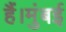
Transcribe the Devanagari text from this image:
हैं।मुंबई